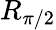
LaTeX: R_{\pi/2}